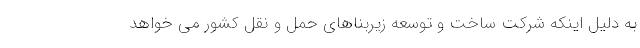
به دلیل اینکه شرکت ساخت و توسعه زیربناهای حمل و نقل کشور می خواهد